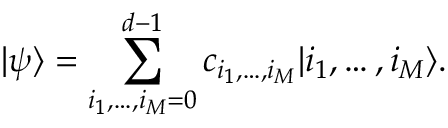
\vert \psi \rangle = \sum _ { i _ { 1 } , \dots , i _ { M } = 0 } ^ { d - 1 } c _ { i _ { 1 } , \dots , i _ { M } } \vert i _ { 1 } , \dots , i _ { M } \rangle .